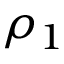
\rho _ { 1 }